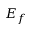
E _ { f }